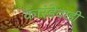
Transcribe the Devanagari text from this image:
कारंडेवाडी